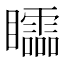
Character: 𥌼